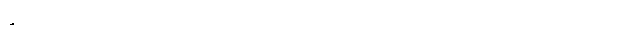
ပြီးတော့ မေမြင့်မိုရ်က အရင်ကတည်းက အမြဲတမ်းဘုရား၊ တရားကိုလည်းယုံယုံ ကြည်ကြည်